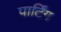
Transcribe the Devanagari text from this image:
पार्टिंग